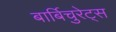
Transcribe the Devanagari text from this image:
बार्बिचुरेट्स